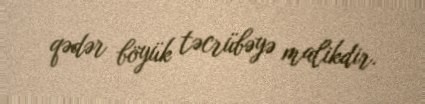
qədər böyük təcrübəyə malikdir.